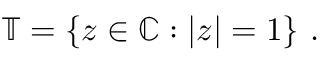
\mathbb { T } = \{ z \in \mathbb { C } : | z | = 1 \} ~ .